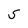
Character: S